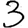
Digit: 3